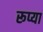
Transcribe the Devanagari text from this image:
रूप्या